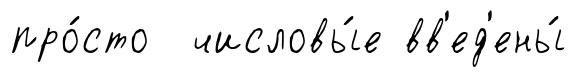
про́сто числовы́е вв'ед'ены́